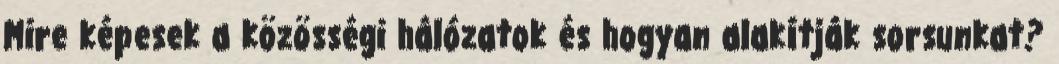
Mire képesek a közösségi hálózatok és hogyan alakítják sorsunkat?